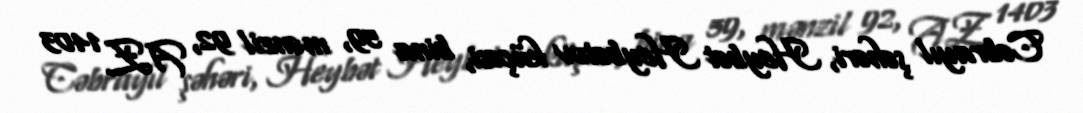
Cəbrayıl şəhəri, Heybət Heybətov küçəsi, bina 59, mənzil 92, AZ 1403